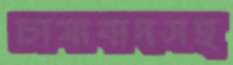
চাষাবাদসহ